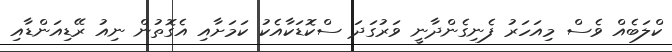
ކްލަބެއް ވެސް މިއަހަރު ފެނިގެންދާނީ ވަރުގަދަ ސްކޮޑަކާއެކު ކަމަށާއި އެގޮތުން ނިއު ރޭޑިއަންޑާއި